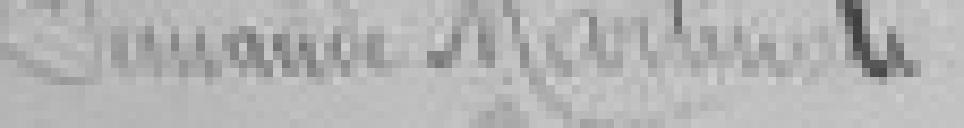
Demande Martinoli